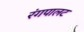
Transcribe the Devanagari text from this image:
रंगपालट